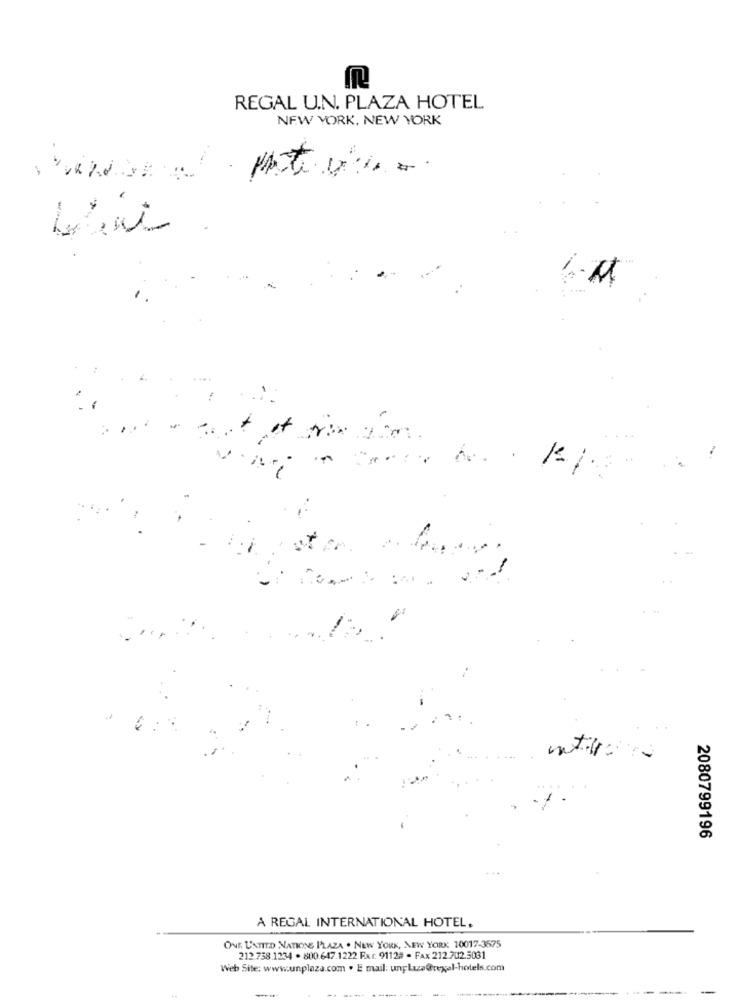
REGAL U.N. PLAZA HOTEL
NEW YORK, NEW YORK
stan. ..
...
€
2080799196
A REGAL INTERNATIONAL HOTEL.
ONE UNTIED NATIONS PLAZA . NEW YORK, NEW YORK 10017-3575
212 758.1234 . 800 647.1222 Fxr. 9112# - FAX 212 702.5031
Web Site: www.unplaza.com . E mail: unplus@rexal-hotels.com
--
-